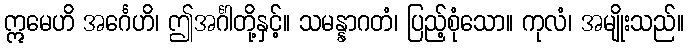
ဣမေဟိ အင်္ဂေဟိ၊ ဤအင်္ဂါတို့နှင့်။ သမန္နာဂတံ၊ ပြည့်စုံသော။ ကုလံ၊ အမျိုးသည်။